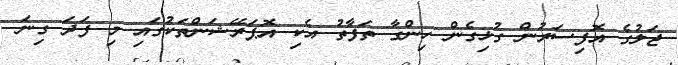
ޖަލުގެ އޮފިސަރުން ގުޅިގެން ހިންގާ ތަފާތު އެކި އޮޕަރޭޝަންތަކުގައި މި ފަދަ ގިނަ